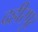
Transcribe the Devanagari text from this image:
दहीरपुर